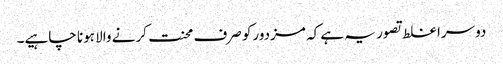
دوسرا غلط تصور یہ ہے کہ مزدورکو صرف محنت کرنے والا ہونا چاہیے۔